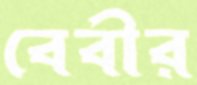
বেবীর